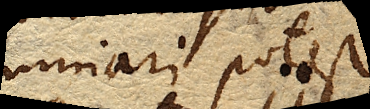
minari potest